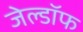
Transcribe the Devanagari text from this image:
जेल्डॉफ